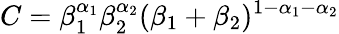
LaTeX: C=\beta_{1}^{\alpha_{1}}\beta_{2}^{\alpha_{2}}(\beta_{1}+\beta_{2})^{1-\alpha_{1}-\alpha_{2}}